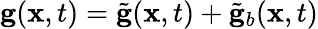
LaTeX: {\mathbf g}({\mathbf x},t)=\tilde{\mathbf g}({\mathbf x},t)+\tilde{\mathbf g}_{b}({\mathbf x},t)